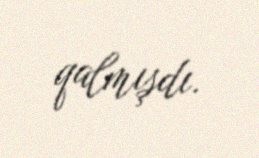
qalmışdı.